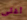
أغلى